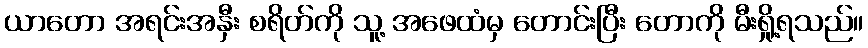
ယာတော အရင်းအနှီး စရိတ်ကို သူ့ အဖေထံမှ တောင်းပြီး တောကို မီးရှို့ရသည်။